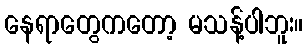
နေရာတွေကတော့ မသန့်ပါဘူး။